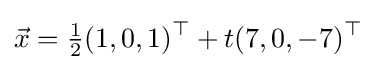
{\vec {x}}={\tfrac {1}{2}}(1,0,1)^{\top }+t(7,0,-7)^{\top }